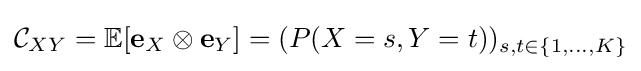
{\mathcal {C}}_{XY}=\mathbb {E} [\mathbf {e} _{X}\otimes \mathbf {e} _{Y}]=(P(X=s,Y=t))_{s,t\in \{1,\ldots ,K\}}